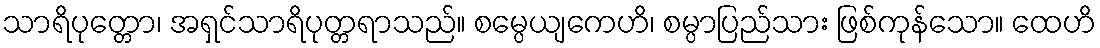
သာရိပုတ္တော၊ အရှင်သာရိပုတ္တရာသည်။ စမ္ပေယျကေဟိ၊ စမ္ပာပြည်သား ဖြစ်ကုန်သော။ ထေဟိ